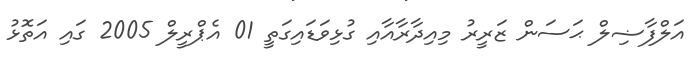
އަލްފާޟިލް ޙަސަން ޒަރީރު މިއިދާރާއާއި ގުޅިވަޑައިގަތީ 01 އެޕްރީލް 2005 ގައި އަތޮޅު